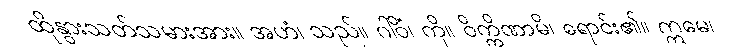
ထိုနွားသတ်သမားအား။ အဟံ၊ သည်။ ဂါဝိံ၊ ကို။ ဝိက္ကိဏာမိ၊ ရောင်း၏။ ဣမေ၊